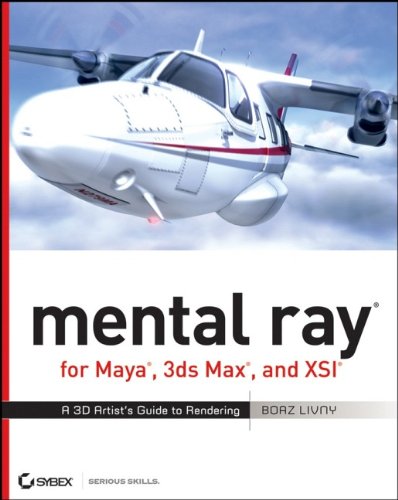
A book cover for mental ray for Maya, 3ds Max, and XSI: A 3D Artist's Guide to Rendering; Boaz Livny; Computers & Technology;